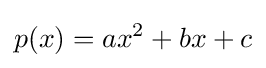
p(x)=ax^{2}+bx+c